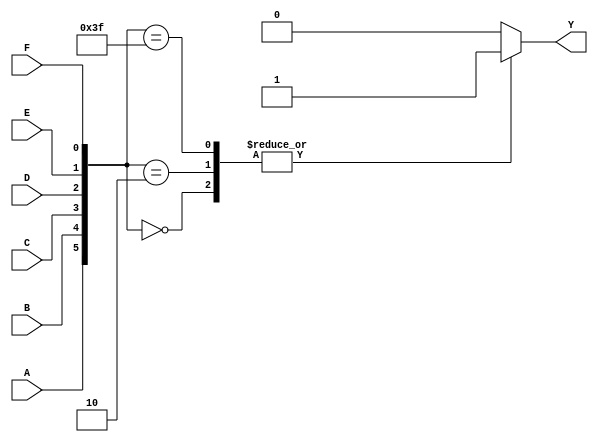
module six_variable_kmap (
    input wire A,   // Input variable A
    input wire B,   // Input variable B
    input wire C,   // Input variable C
    input wire D,   // Input variable D
    input wire E,   // Input variable E
    input wire F,   // Input variable F
    output reg Y    // Output signal Y
);

// 64-cell K-map for 6 variables (A, B, C, D, E, F)
// Each case represents whether the corresponding cell is '1' (true) or '0' (false)
// This example data needs to be filled based on specific logic functions to be implemented.
always @(*) begin
    case ({A, B, C, D, E, F})
        // Here you will replace with your K-map grouping results
        6'b000000: Y = 1;  // Example case
        6'b000001: Y = 0;  // Example case
        6'b000010: Y = 1;  // Example case
        6'b000011: Y = 0;  // Example case
        // ... Complete for all 64 combinations
        
        // K-map cells to put your truth table results. Example filling:
        6'b111111: Y = 1;  // Example case
        6'b111110: Y = 0;  // Example case
        // etc...

        default: Y = 0;     // Default case to ensure Y is defined
    endcase
end

endmodule